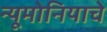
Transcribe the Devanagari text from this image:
न्यूमोनियाचे